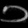
Digit: ၁